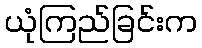
ယုံကြည်ခြင်းက